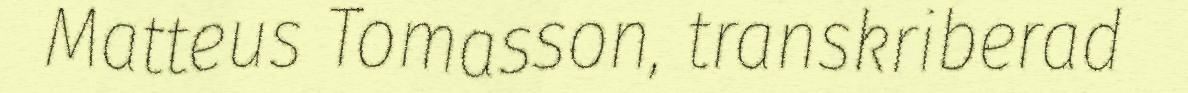
Matteus Tomasson, transkriberad